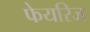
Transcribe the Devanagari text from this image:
फेयरिज